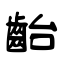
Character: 齝